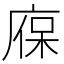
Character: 𢉣